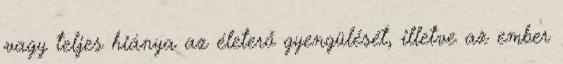
vagy teljes hiánya az életerő gyengülését, illetve az ember